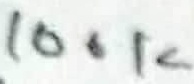
Text: 100K